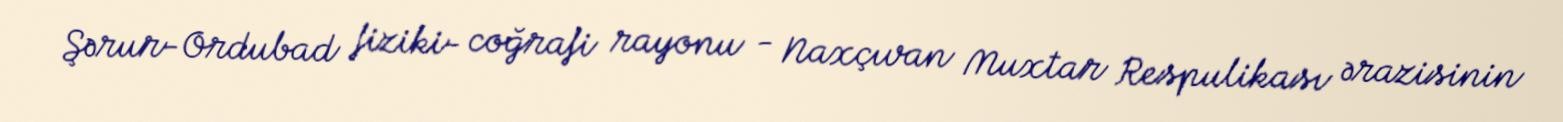
Şərur-Ordubad fiziki- coğrafi rayonu - Naxçıvan Muxtar Respulikası ərazisinin